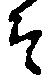
そ